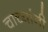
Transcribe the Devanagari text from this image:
चाच्यांनी